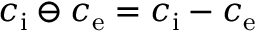
c _ { \mathrm { i } } \ominus c _ { \mathrm { e } } = c _ { \mathrm { i } } - c _ { \mathrm { e } }